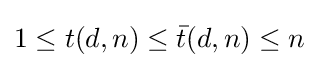
1\leq t(d,n)\leq {\bar {t}}(d,n)\leq n